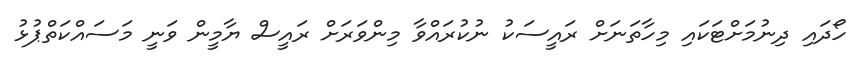
ހޯދައި ދިނުމަށްޓަކައި މިހާތަނަށް ރައީސަކު ނުކުރައްވާ މިންވަރަށް ރައީސް ޔާމީން ވަނީ މަސައްކަތްޕުޅު